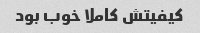
کیفیتش کاملا خوب بود